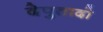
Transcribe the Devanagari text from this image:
देपुतादो